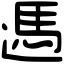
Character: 遤